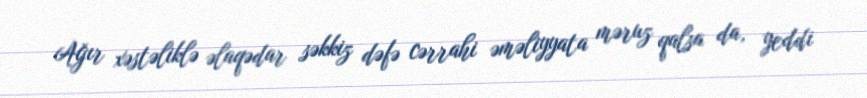
Ağır xəstəliklə əlaqədar səkkiz dəfə cərrahi əməliyyata məruz qalsa da, yeddi